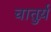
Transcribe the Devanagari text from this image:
चातुर्य़